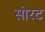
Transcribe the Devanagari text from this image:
सोरट